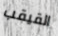
القيقب